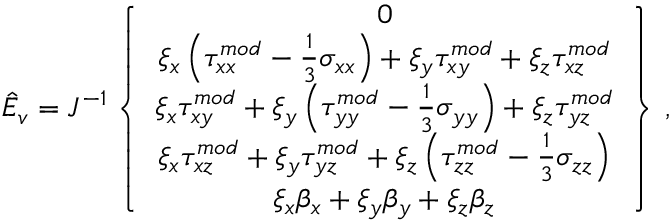
\hat { E } _ { v } = J ^ { - 1 } \left\{ \begin{array} { c } { 0 } \\ { \xi _ { x } \left( { \tau } _ { x x } ^ { m o d } - \frac { 1 } { 3 } \sigma _ { x x } \right) + \xi _ { y } { \tau } _ { x y } ^ { m o d } + \xi _ { z } { \tau } _ { x z } ^ { m o d } } \\ { \xi _ { x } { \tau } _ { x y } ^ { m o d } + \xi _ { y } \left( { \tau } _ { y y } ^ { m o d } - \frac { 1 } { 3 } \sigma _ { y y } \right) + \xi _ { z } { \tau } _ { y z } ^ { m o d } } \\ { \xi _ { x } { \tau } _ { x z } ^ { m o d } + \xi _ { y } { \tau } _ { y z } ^ { m o d } + \xi _ { z } \left( { \tau } _ { z z } ^ { m o d } - \frac { 1 } { 3 } \sigma _ { z z } \right) } \\ { \xi _ { x } { \beta } _ { x } + \xi _ { y } { \beta } _ { y } + \xi _ { z } { \beta } _ { z } } \end{array} \right\} \, \mathrm { , }